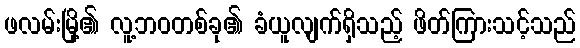
ဖလမ်းမြို့၏ လူ့ဘဝတစ်ခု၏ ခံယူလျက်ရှိသည့် ဖိတ်ကြားသင့်သည်